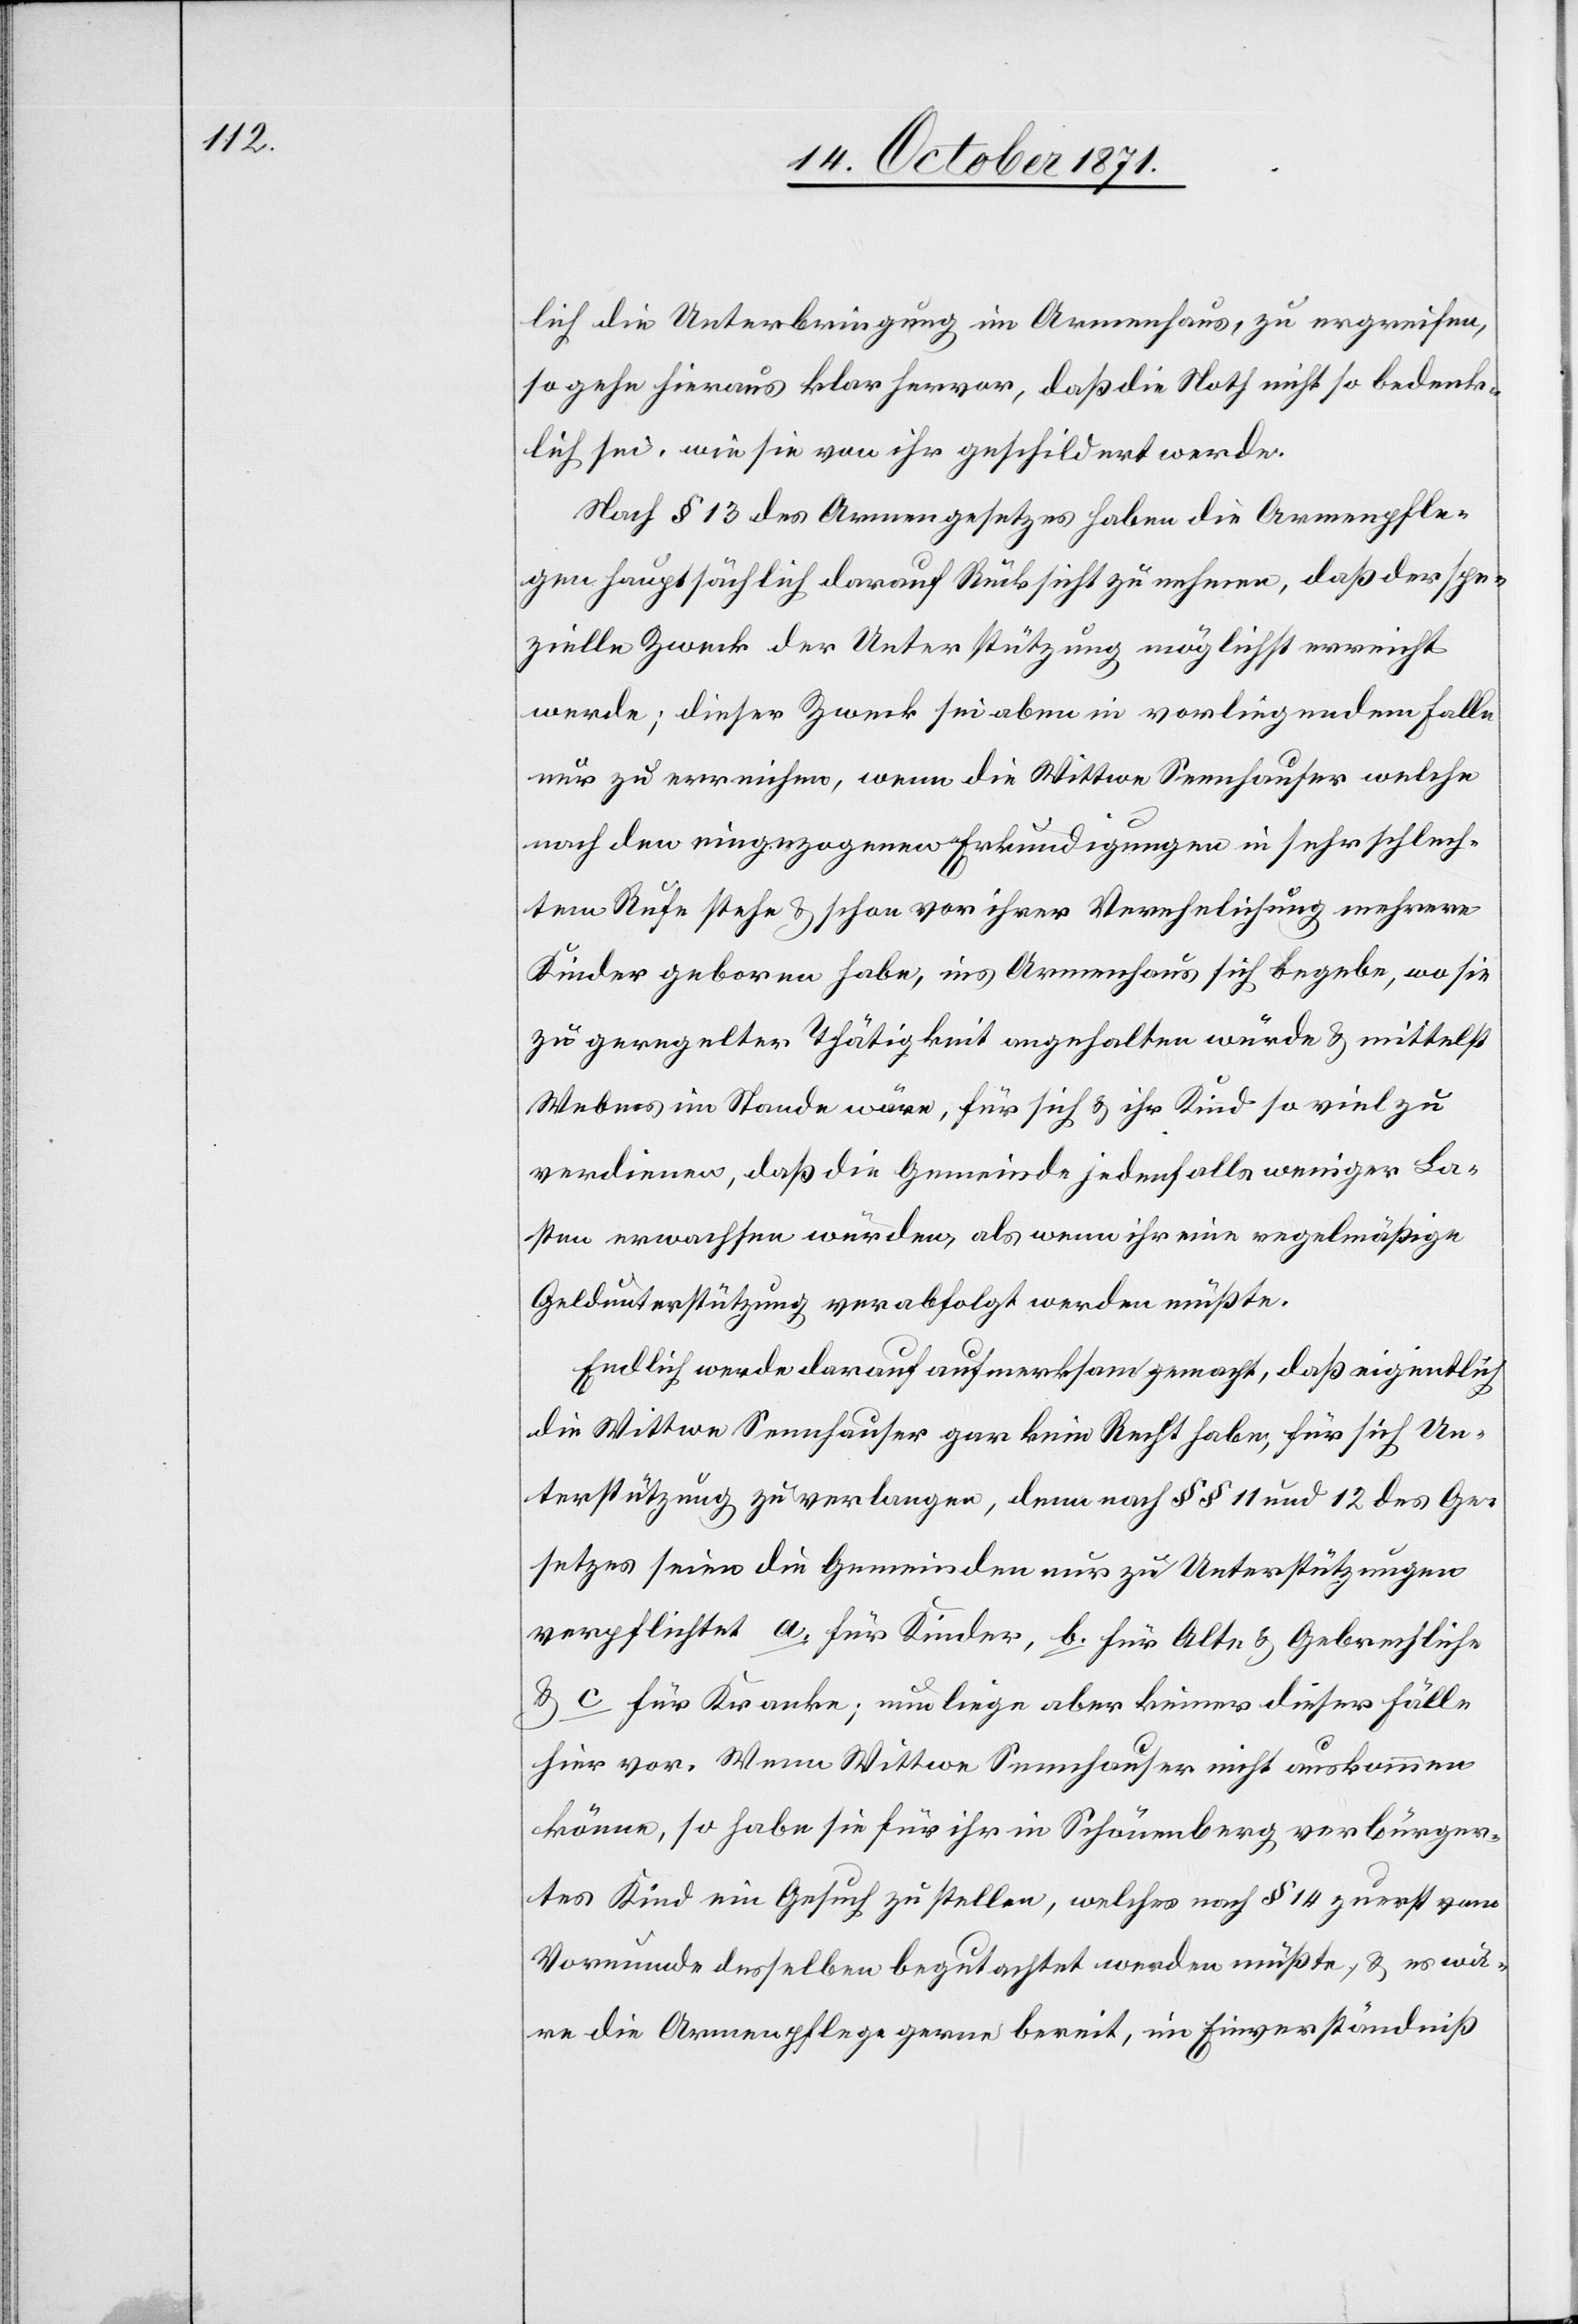
lich die Unterbringung im Armenhaus, zu ergreifen,
so gehe hieraus klar hervor, daß die Noth nicht so bedenk¬
lich sei, wie sie von ihr geschildert werde.
Nach § 13 des Armengesetzes habe die Armenpfle¬
ge hauptsächlich darauf Rücksicht zu nehmen, daß der spe¬
zielle Zweck der Unterstützung möglichst erreicht
werde; dieser Zweck sei aber in vorliegendem Falle
nur zu erreichen, wenn die Wittwe Sennhauser welche
nach den eingezogenen Erkundigungen in sehr schlech¬
tem Rufe stehe & schon vor ihrer Verehelichung mehrere
Kinder geboren habe, ins Armenhaus sich begebe, wo sie
zu geregelter Thätigkeit angehalten würde & mittelst
Webens im Stande wäre, für sich & ihr Kind so viel zu
verdienen, daß der Gemeinde jedenfalls weniger La¬
sten erwachsen würden, als wenn ihr eine regelmäßige
Geldunterstützung verabfolgt werden müßte.
Endlich werde darauf aufmerksam gemacht, daß eigentlich
die Wittwe Sennhauser gar kein Recht habe, für sich Un¬
terstützung zu verlangen, denn nach §§ 11 und 12 des Ge¬
setzes seien die Gemeinden nur zu Unterstützungen
verpflichtet a. für Kinder, b. für Alte & Gebrechliche
& c. für Kranke; nun liege aber keiner dieser Fälle
hier vor. Wenn Wittwe Sennhauser nicht auskommen
könne, so habe sie für ihr in Schönenberg verbürger¬
tes Kind ein Gesuch zu stellen, welches nach § 14 zuerst vom
Vormunde desselben begutachtet werden müßte, & es wä¬
re die Armenpflege gerne bereit, im Einverständniß